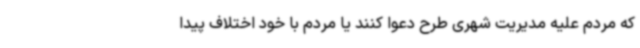
که مردم علیه مدیریت شهری طرح دعوا کنند یا مردم با خود اختلاف پیدا